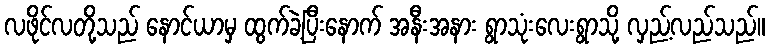
လဖိုင်လတို့သည် နောင်ယာမှ ထွက်ခဲ့ပြီးနောက် အနီးအနား ရွာသုံးလေးရွာသို့ လှည့်လည်သည်။